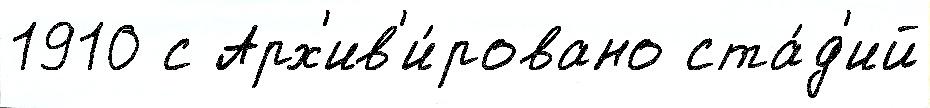
1910 с Арх'ив'и́ровано ста́д'ий